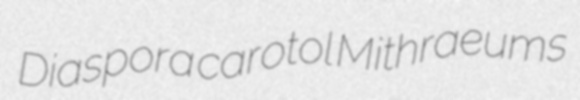
Diaspora carotol Mithraeums